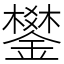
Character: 鐢